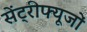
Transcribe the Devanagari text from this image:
सेंट्रीफ्यूजों